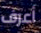
أعرف